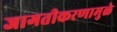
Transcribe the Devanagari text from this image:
जागतीकरणामुळे